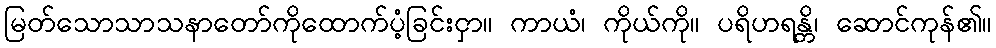
မြတ်သောသာသနာတော်ကိုထောက်ပံ့ခြင်းငှာ။ ကာယံ၊ ကိုယ်ကို။ ပရိဟရန္တိ၊ ဆောင်ကုန်၏။